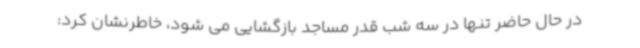
در حال حاضر تنها در سه شب قدر مساجد بازگشایی می شود، خاطرنشان کرد: